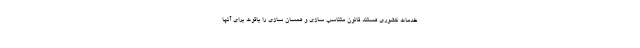
خدمات کشوری هستند قانون متناسب سازی و همسان سازی را باقوت برای آنها